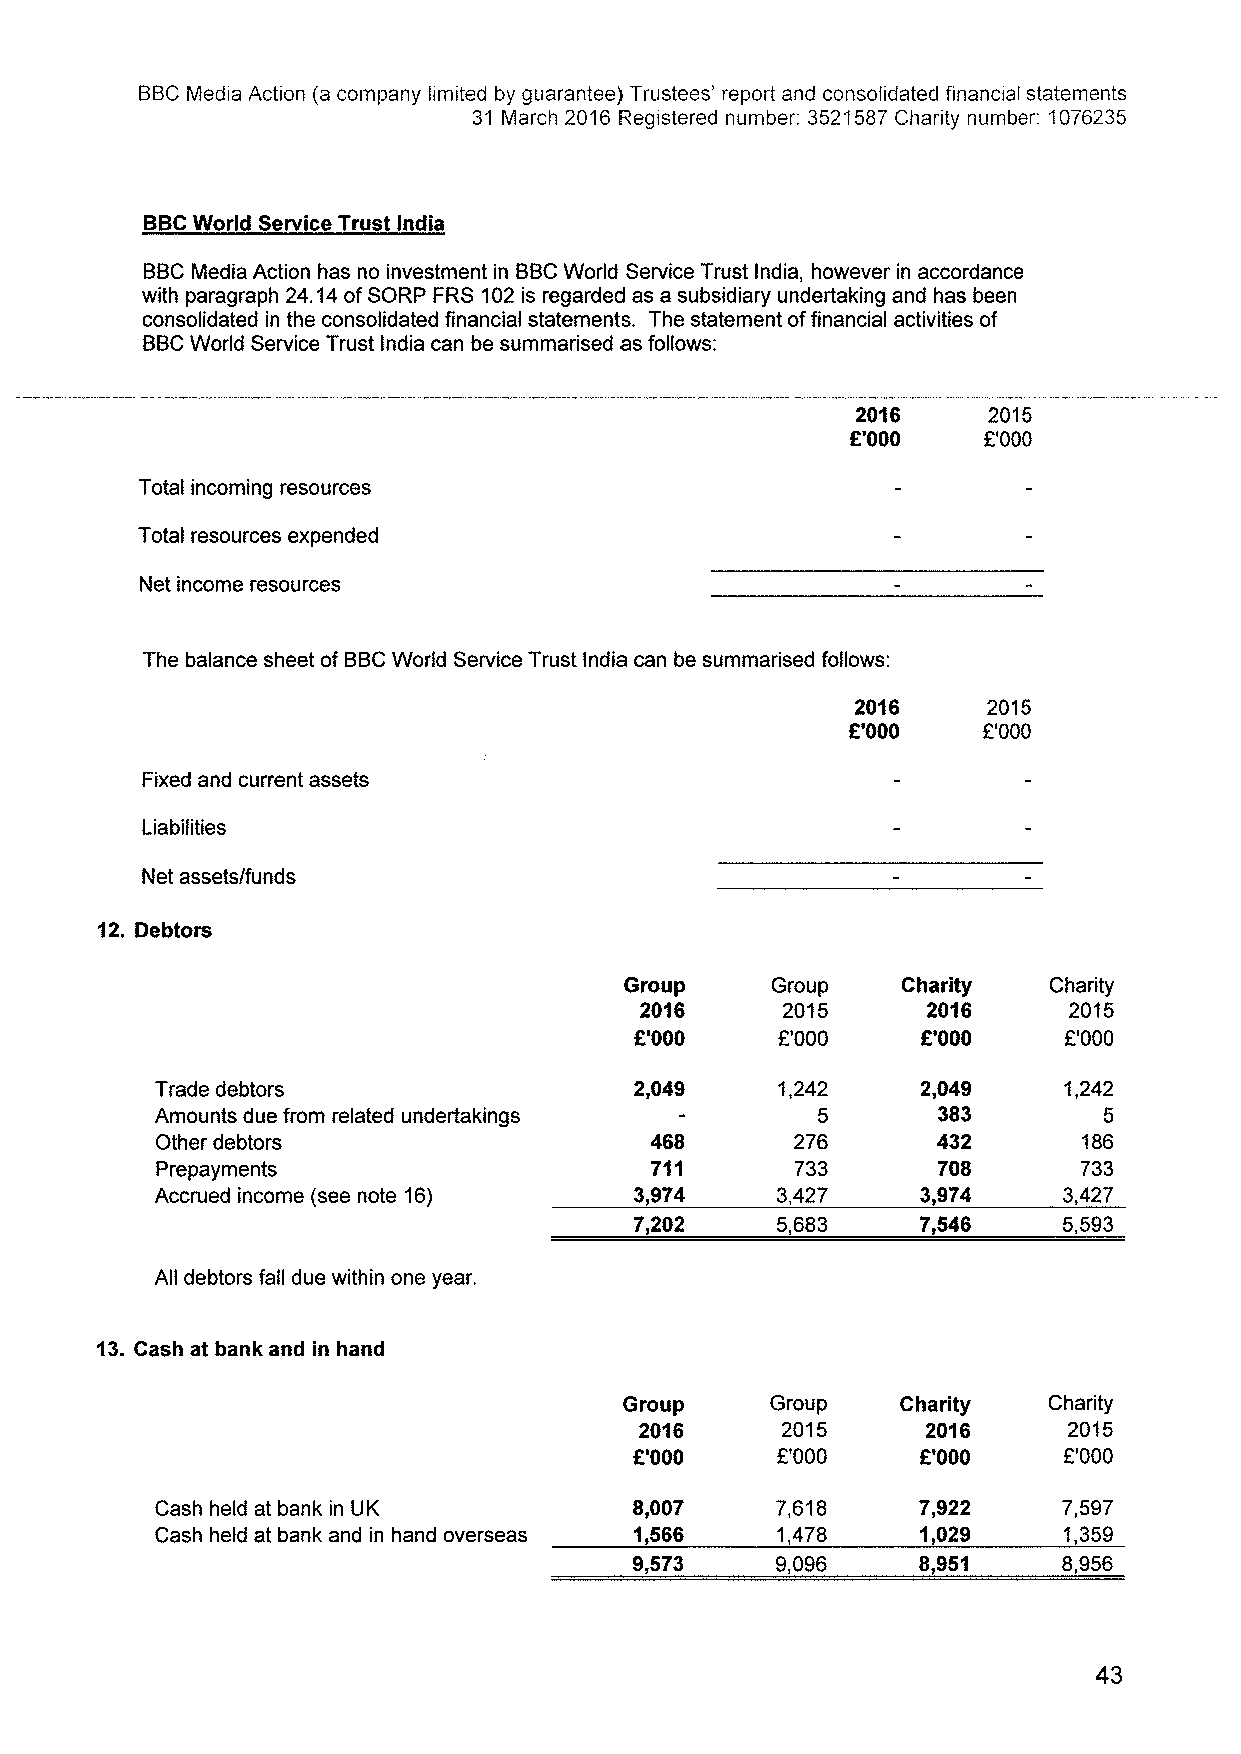
BBCMedia Action (a company limited by guarantee) Trustees' report and consolidated financial statements
 31 March 2016 Registered number: 3521587 Charity number: 1076235
 BBCWorld Service Trust India
 BBCMedia Action has no investment in BBCWorld Service Trust India, however in accordance
 with paragraph 24.14ofSORP FRS 102is regarded as a subsidiary undertaking and has been
 consolidated in the consolidated financial statements. The statement offinancial activities of
 BBCWorld Service Trust India can be summarised as follows:
 2016    2015
 K'000    8'000
 Total incoming resources
 Total resources expended
 Net income resources
 The balance sheet of BBCWorld Service Trust India can be summarised follows:
 2016    2015
 R'000    F'000
 Fixed and current assets
 Liabilities
 Net assetslfunds
 12. Debtors
 Group     Group    Charity  Charity
 2016      2015     2016      2015
 E'000    f'000     E'000    f'000
 Trade debtors                   2,049    1,242     2,049    1,242
 Amounts due from related undertakings       5       383        5
 Other debtors                    468       276      432       186
 711       733      708      733
 P repayments
 Accrued income (see note 16)    3,974    3,427     3,974    3,427
 7,202    5,683     7,546    5,593
 All debtors fall due within one year.
 13.Cash at bank and in hand
 Group     Group    Charity  Charity
 2016      2015     2016      2015
 f'000    E'000     K'000    E'000
 Cash held at bank in UK         8,007    7,618     7,922    7,597
 Cash held at bank and in hand overseas 1,566 1,478 1,029    1,359
 9,573    9,096     8,951    8,956
 43